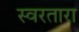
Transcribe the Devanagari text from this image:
स्वरतारा